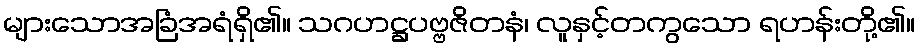
များသောအခြံအရံရှိ၏။ သဂဟဋ္ဌပဗ္ဗဇိတနံ၊ လူနှင့်တကွသော ရဟန်းတို့၏။